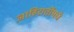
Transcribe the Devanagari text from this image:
जाहिरातींमधे